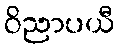
ဝိညာပယီ